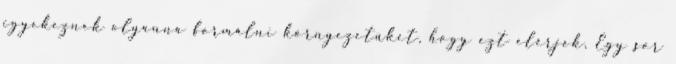
igyekeznek olyanná formálni környezetüket, hogy ezt elérjék, Egy sor